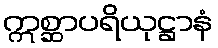
ဣစ္ဆာပရိယုဋ္ဌာနံ